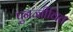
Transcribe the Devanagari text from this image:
पुनर्ज्जीवित